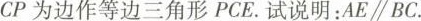
CP为边作等边三角形PCE。试说明：AE\parallel BC。